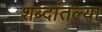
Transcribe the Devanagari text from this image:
शब्दांतल्या